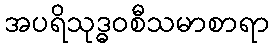
အပရိသုဒ္ဓဝစီသမာစာရာ